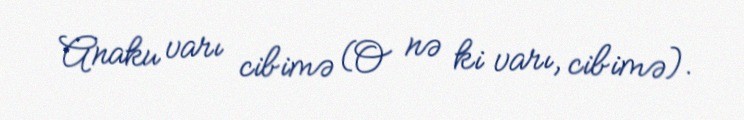
Anaku varı cibimə (O nə ki varı, cibimə).